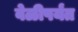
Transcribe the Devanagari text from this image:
वेळीपर्यंत